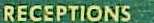
RECEPTIONS